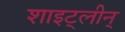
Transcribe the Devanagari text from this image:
शाइट्लीन्